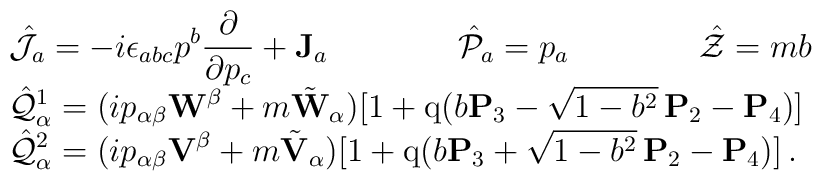
\begin{array}{l}\displaystyle\hat{\cal J}_a=-i\epsilon_{abc}p^b\frac\partial{\partial p_c}+{\bf J}_a\qquad\qquad \hat{\cal P}_a=p_a\qquad\qquad \hat{\cal Z}=mb\\\displaystyle\hat{\cal Q}^1_\alpha=(ip_{\alpha\beta}{\bf W}^\beta+m\tilde{\bf W}_\alpha)[1+{\rm q}(b{\bf P}_3-\sqrt{1-b^2}\,{\bf P}_2-{\bf P}_4)] \\ \displaystyle\hat{\cal Q}^2_\alpha=(ip_{\alpha\beta}{\bf V}^\beta+m\tilde{\bf V}_\alpha)[1+{\rm q}(b{\bf P}_3+\sqrt{1-b^2}\,{\bf P}_2-{\bf P}_4)]\,.\end{array}